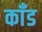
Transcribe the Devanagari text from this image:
काँड